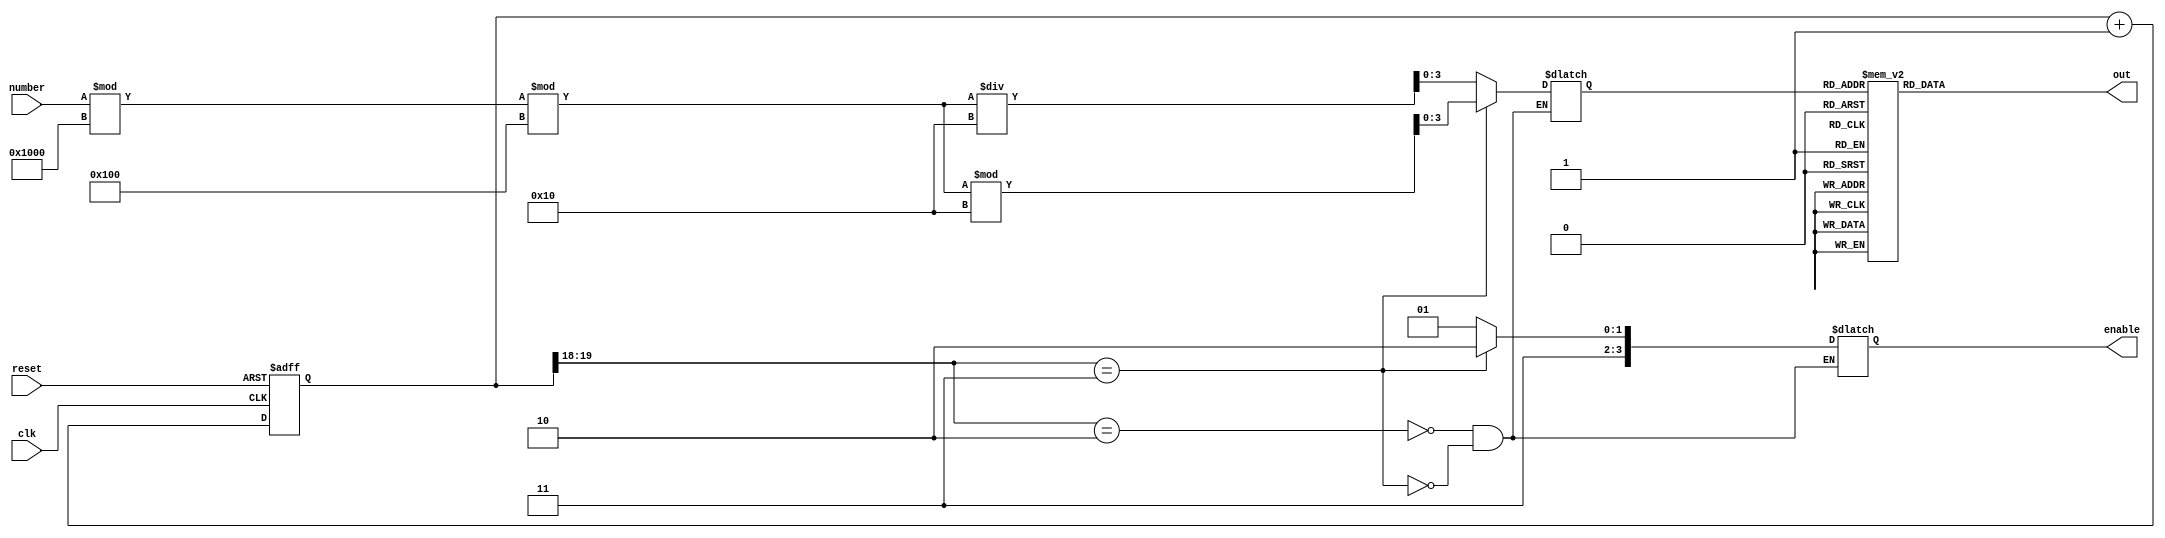
module Seven_segment_LED_Display_Controller(
    input clk, 
    input reset, 
    input number,
    output reg [3:0] enable, 
    output reg [6:0] out
    );
    reg [3:0] LED_BCD;
    reg [19:0] refresh_counter; 
    wire [1:0] LED_activating_counter; 
    always @(posedge clk or posedge reset)
    begin 
        if(reset==1)
            refresh_counter <= 0;
        else
            refresh_counter <= refresh_counter + 1;
    end 
    assign LED_activating_counter = refresh_counter[19:18];
    always @(*)
    begin
        case(LED_activating_counter)
        2'b10: begin
            enable = 4'b1101; 
            LED_BCD = ((number % 4096)%256)/16;
        end
        2'b11: begin
            enable = 4'b1110; 
            LED_BCD = ((number % 4096)%256)%16;
        end
        endcase
    end
    always @(*)
    begin
        case(LED_BCD)
            4'b0000 : out<=7'b0000001;    //Display 0
            4'b0001 : out<=7'b1001111;    //Display 1
            4'b0010 : out<=7'b0010010;    //Display 2
            4'b0011 : out<=7'b0000110;    //Display 3
            4'b0100 : out<=7'b1001100;    //Display 4
            4'b0101 : out<=7'b0100100;    //Display 5
            4'b0110 : out<=7'b0100000;    //Display 6
            4'b0111 : out<=7'b0001111;    //Display 7
            4'b1000 : out<=7'b0000000;    //Display 8
            4'b1001 : out<=7'b0001100;    //Display 9
            4'b1010 : out<=7'b0001000;    //Display A
            4'b1011 : out<=7'b1100000;    //Display b
            4'b1100 : out<=7'b0110001;    //Display C
            4'b1101 : out<=7'b1000010;    //Display d
            4'b1110 : out<=7'b0110000;    //Display E
            4'b1111 : out<=7'b0111000;    //Display F
        endcase
    end
 endmodule